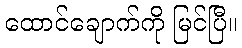
ထောင်ချောက်ကို မြင်ပြီ။